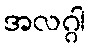
အလဂ္ဂါ